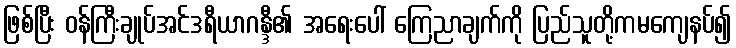
ဖြစ်ပြီး ဝန်ကြီးချုပ်အင်ဒရီယာဂန္ဒီ၏ အရေးပေါ် ကြေညာချက်ကို ပြည်သူတို့ကမကျေနပ်၍